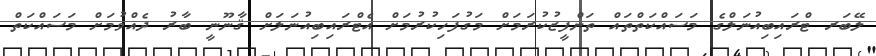
ލޭބަރ ޓްރައިބިއުނަލްގެ މަސައްކަތްތައް ތަންފީޒުކުރަމަށް މަގުފަހިކުރުމަށް އެޓްރައިބިއުނަލަށް ޤާނޫނީ ބާރު ދެއްވުމަށް މަސައްކަތް